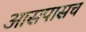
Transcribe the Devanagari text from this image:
आसपासच